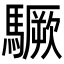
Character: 𩦒